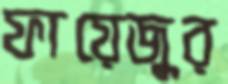
ফায়েজুর